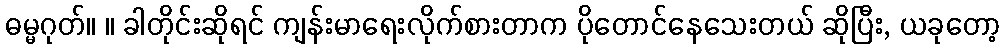
ဓမ္မဂုတ်။ ။ ခါတိုင်းဆိုရင် ကျန်းမာရေးလိုက်စားတာက ပိုတောင်နေသေးတယ် ဆိုပြီး, ယခုတော့